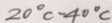
2 0 ^ { \circ } C - 4 0 ^ { \circ } C